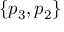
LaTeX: \{ p _ { 3 } , p _ { 2 } \}